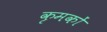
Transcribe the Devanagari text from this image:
कृमकों